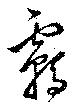
覊